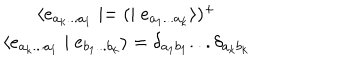
\begin{array} { c } { { \langle e _ { a _ { k } . . . a _ { 1 } } \mid = ( \mid e _ { a _ { 1 } . . . a _ { k } } \rangle ) ^ { + } } } \\ { { \langle e _ { a _ { k } . . . a _ { 1 } } \mid e _ { b _ { 1 } . . . b _ { k } } \rangle = \delta _ { a _ { 1 } b _ { 1 } } . . . \delta _ { a _ { k } b _ { k } } } } \\ \end{array}